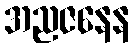
အညဇနေန